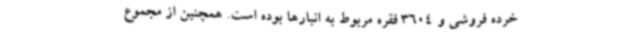
خرده فروشی و 3604 فقره مربوط به انبارها بوده است. همچنین از مجموع